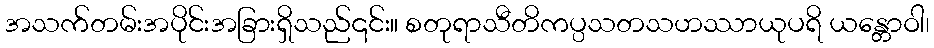
အသက်တမ်းအပိုင်းအခြားရှိသည်၎င်း။ စတုရာသီတိကပ္ပသတသဟဿာယုပရိ ယန္တောဝါ၊